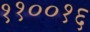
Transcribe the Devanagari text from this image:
११००१६